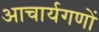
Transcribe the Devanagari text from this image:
आचार्यगणों